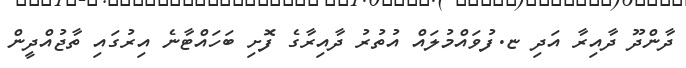
ދާންދޫ ދާއިރާ އަދި ޏ.ފުވައްމުލައް އުތުރު ދާއިރާގެ ފޮށި ބަހައްޓާނެ އިރުގައި ތާޖުއްދީން